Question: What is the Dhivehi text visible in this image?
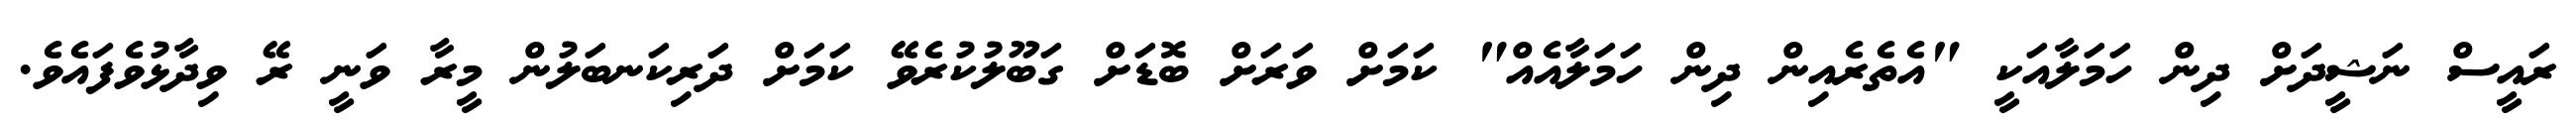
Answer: ރައީސް ނަޝީދަށް ދިން ހަމަލާއަކީ "އެތެރެއިން ދިން ހަމަލާއެއް" ކަމަށް ވަރަށް ބޮޑަށް ގަބޫލުކުރެވޭ ކަމަށް ދަރިކަނބަލުން މީރާ ވަނީ ރޭ ވިދާޅުވެފައެވެ.